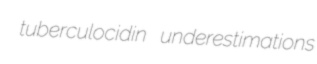
tuberculocidin underestimations